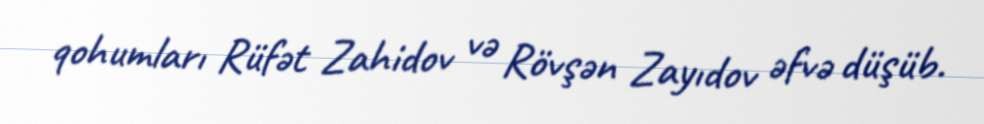
qohumları Rüfət Zahidov və Rövşən Zayıdov əfvə düşüb.